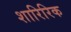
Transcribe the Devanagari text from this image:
शारिरिक